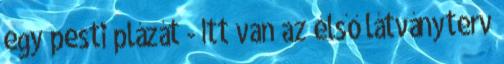
egy pesti plázát - Itt van az első látványterv